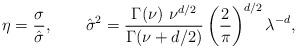
LaTeX: \begin{align*}\eta = \frac{\sigma}{\hat{\sigma}},\quad\quad\hat{\sigma}^2 = \dfrac{\Gamma(\nu)\ \nu^{d/2}}{\Gamma(\nu+d/2)}\left(\frac{2}{\pi}\right)^{d/2}\lambda^{-d},\end{align*}